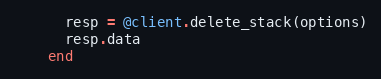
Language: Ruby
      resp = @client.delete_stack(options)
      resp.data
    end